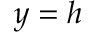
y = h